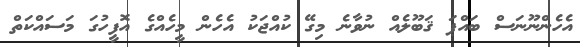
އެހެންނޫނަސް ބައްޕަ ޤަބޫލެއް ނުވާނެ މިގޭ ކުއްޖަކު އެހެން މީހެއްގެ އޮފީހުގަ މަސައްކަތް